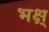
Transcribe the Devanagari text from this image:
भक्ष्